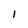
Character: l